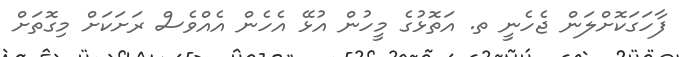
ފާހަގަކޮށްލަން ޖެހެނީ ތ. އަތޮޅުގެ މީހުން އުޅޭ އެހެން އެއްވެސް ރަށަކަށް މިގޮތަށް